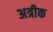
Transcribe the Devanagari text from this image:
अत्रीक